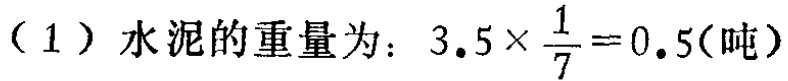
（1）水泥的重量为：\(3.5\times\frac{1}{7}=0.5(\text{吨})\)